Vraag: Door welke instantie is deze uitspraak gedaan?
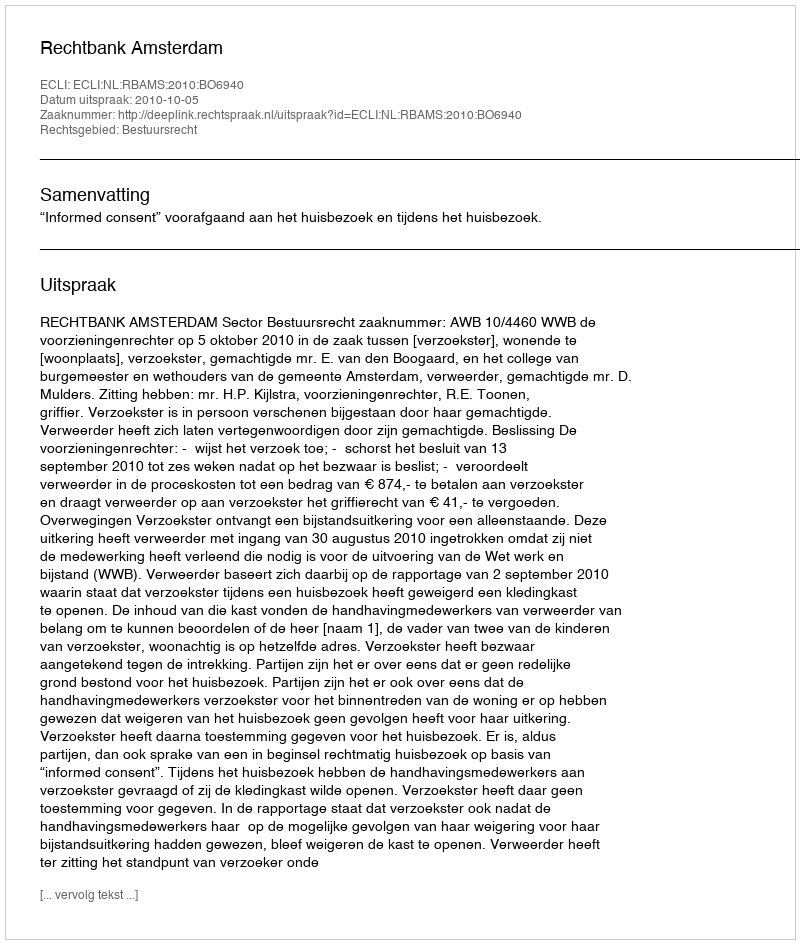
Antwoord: Rechtbank Amsterdam